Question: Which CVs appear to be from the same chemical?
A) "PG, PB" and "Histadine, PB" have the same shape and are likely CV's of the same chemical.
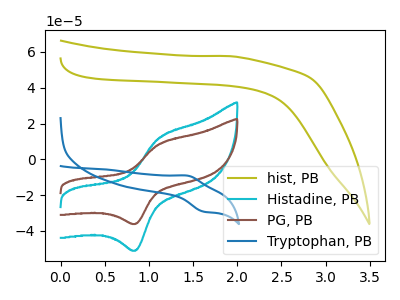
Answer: <think>The olive curve "hist, PB" has no peaks. The cyan curve "Histadine, PB" has an anodic peak at (1.10V, 12.20uA) and a cathodic peak at (0.85V, -50.75uA). The brown curve "PG, PB" has an anodic peak at (1.10V, 8.60uA) and a cathodic peak at (0.85V, -35.90uA). The blue curve "Tryptophan, PB" has an anodic peak at (1.45V, -9.10uA) and a cathodic peak at (1.60V, -29.20uA).
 "hist, PB" and "Histadine, PB" have a different number of peaks. "hist, PB" and "PG, PB" have a different number of peaks. "hist, PB" and "Tryptophan, PB" have a different number of peaks. All the peaks in "Histadine, PB" have a peak in "PG, PB" at the same potential. Every peak in "Histadine, PB" is higher than every peak in "PG, PB". "Histadine, PB" and "Tryptophan, PB" have at least one peak that do not match. "PG, PB" and "Tryptophan, PB" have at least one peak that do not match.</think>
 <answer>A) "PG, PB" and "Histadine, PB" have the same shape and are likely CV's of the same chemical.</answer>
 <eval>A</eval>